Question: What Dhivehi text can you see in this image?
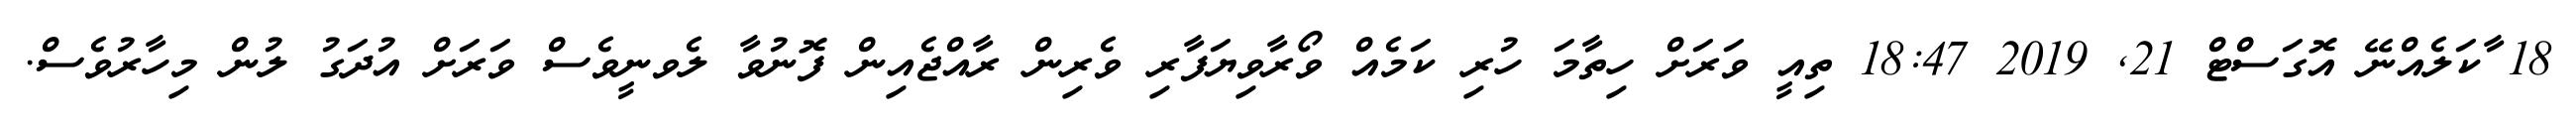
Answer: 18 ާކަލެއްނޭ އޮގަސްޓް 21, 2019 18:47 ތިއީ ވަރަށް ހިތާމަ ހުރި ކަމެއް ވޯރާވިޔަފާރި ވެރިން ރާއްޖެއިން ފޮނުވާ ލެވނީވެސް ވަރަށް އުދަގު ލުން މިހާރުވެސް.